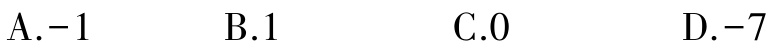
A.$-1$  B.$1$  C.$0$  D.$-7$